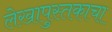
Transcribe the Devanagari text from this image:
लेखापुस्तकाचा